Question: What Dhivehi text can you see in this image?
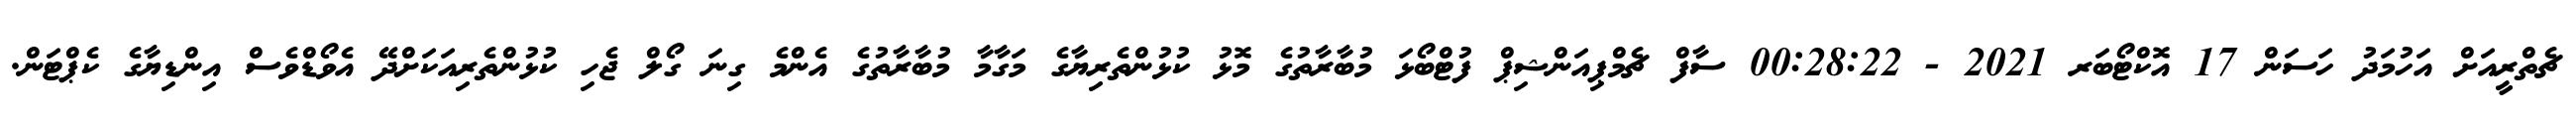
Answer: ޗެތްރީއަށް އަހުމަދު ހަސަން 17 އޮކްޓޯބަރ 2021 - 00:28:22 ސާފް ޗެމްޕިއަންޝިޕް ފުޓްބޯޅަ މުބާރާތުގެ މޮޅު ކުޅުންތެރިޔާގެ މަގާމާ މުބާރާތުގެ އެންމެ ގިނަ ގޯލް ޖެހި ކުޅުންތެރިއަކަށްދޭ އެވޯޑްވެސް އިންޑިޔާގެ ކެޕްޓަން.